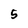
Character: 5